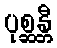
ပုစ္ဆန္တီ